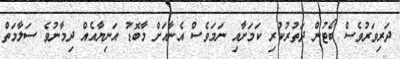
ދަރިވަރުވެސް ބޯޓުން ދަތުރުކުރި ކަމަށާއި ނަމަވެސް އެނާއަށް މާބޮޑު އަނިޔާއެއް ދިމާނުވެ ސަލާމަތް